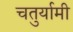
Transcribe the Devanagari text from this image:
चतुर्यामी